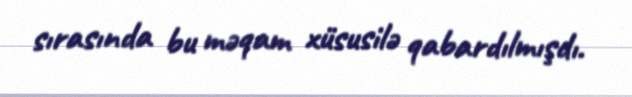
sırasında bu məqam xüsusilə qabardılmışdı.